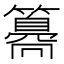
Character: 𥵸